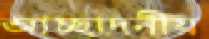
আচ্ছাদনীয়